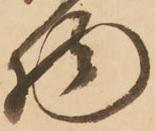
物